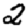
Digit: 2